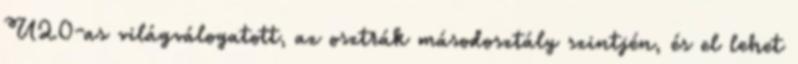
U20-as világválogatott, az osztrák másodosztály szintjén, és el lehet